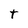
Character: t